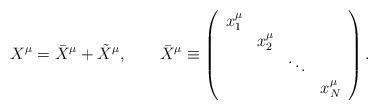
LaTeX: \begin{align*}X^{\mu} = \bar{X}^{\mu}+\tilde{X}^{\mu}, \qquad \bar{X}^{\mu} \equiv \left( \begin{array}{llll} x_{1}^{\mu} & & & \\ & x_{2}^{\mu} & & \\ & & \ddots & \\ & & & x_N^{\mu} \end{array} \right) . \end{align*}